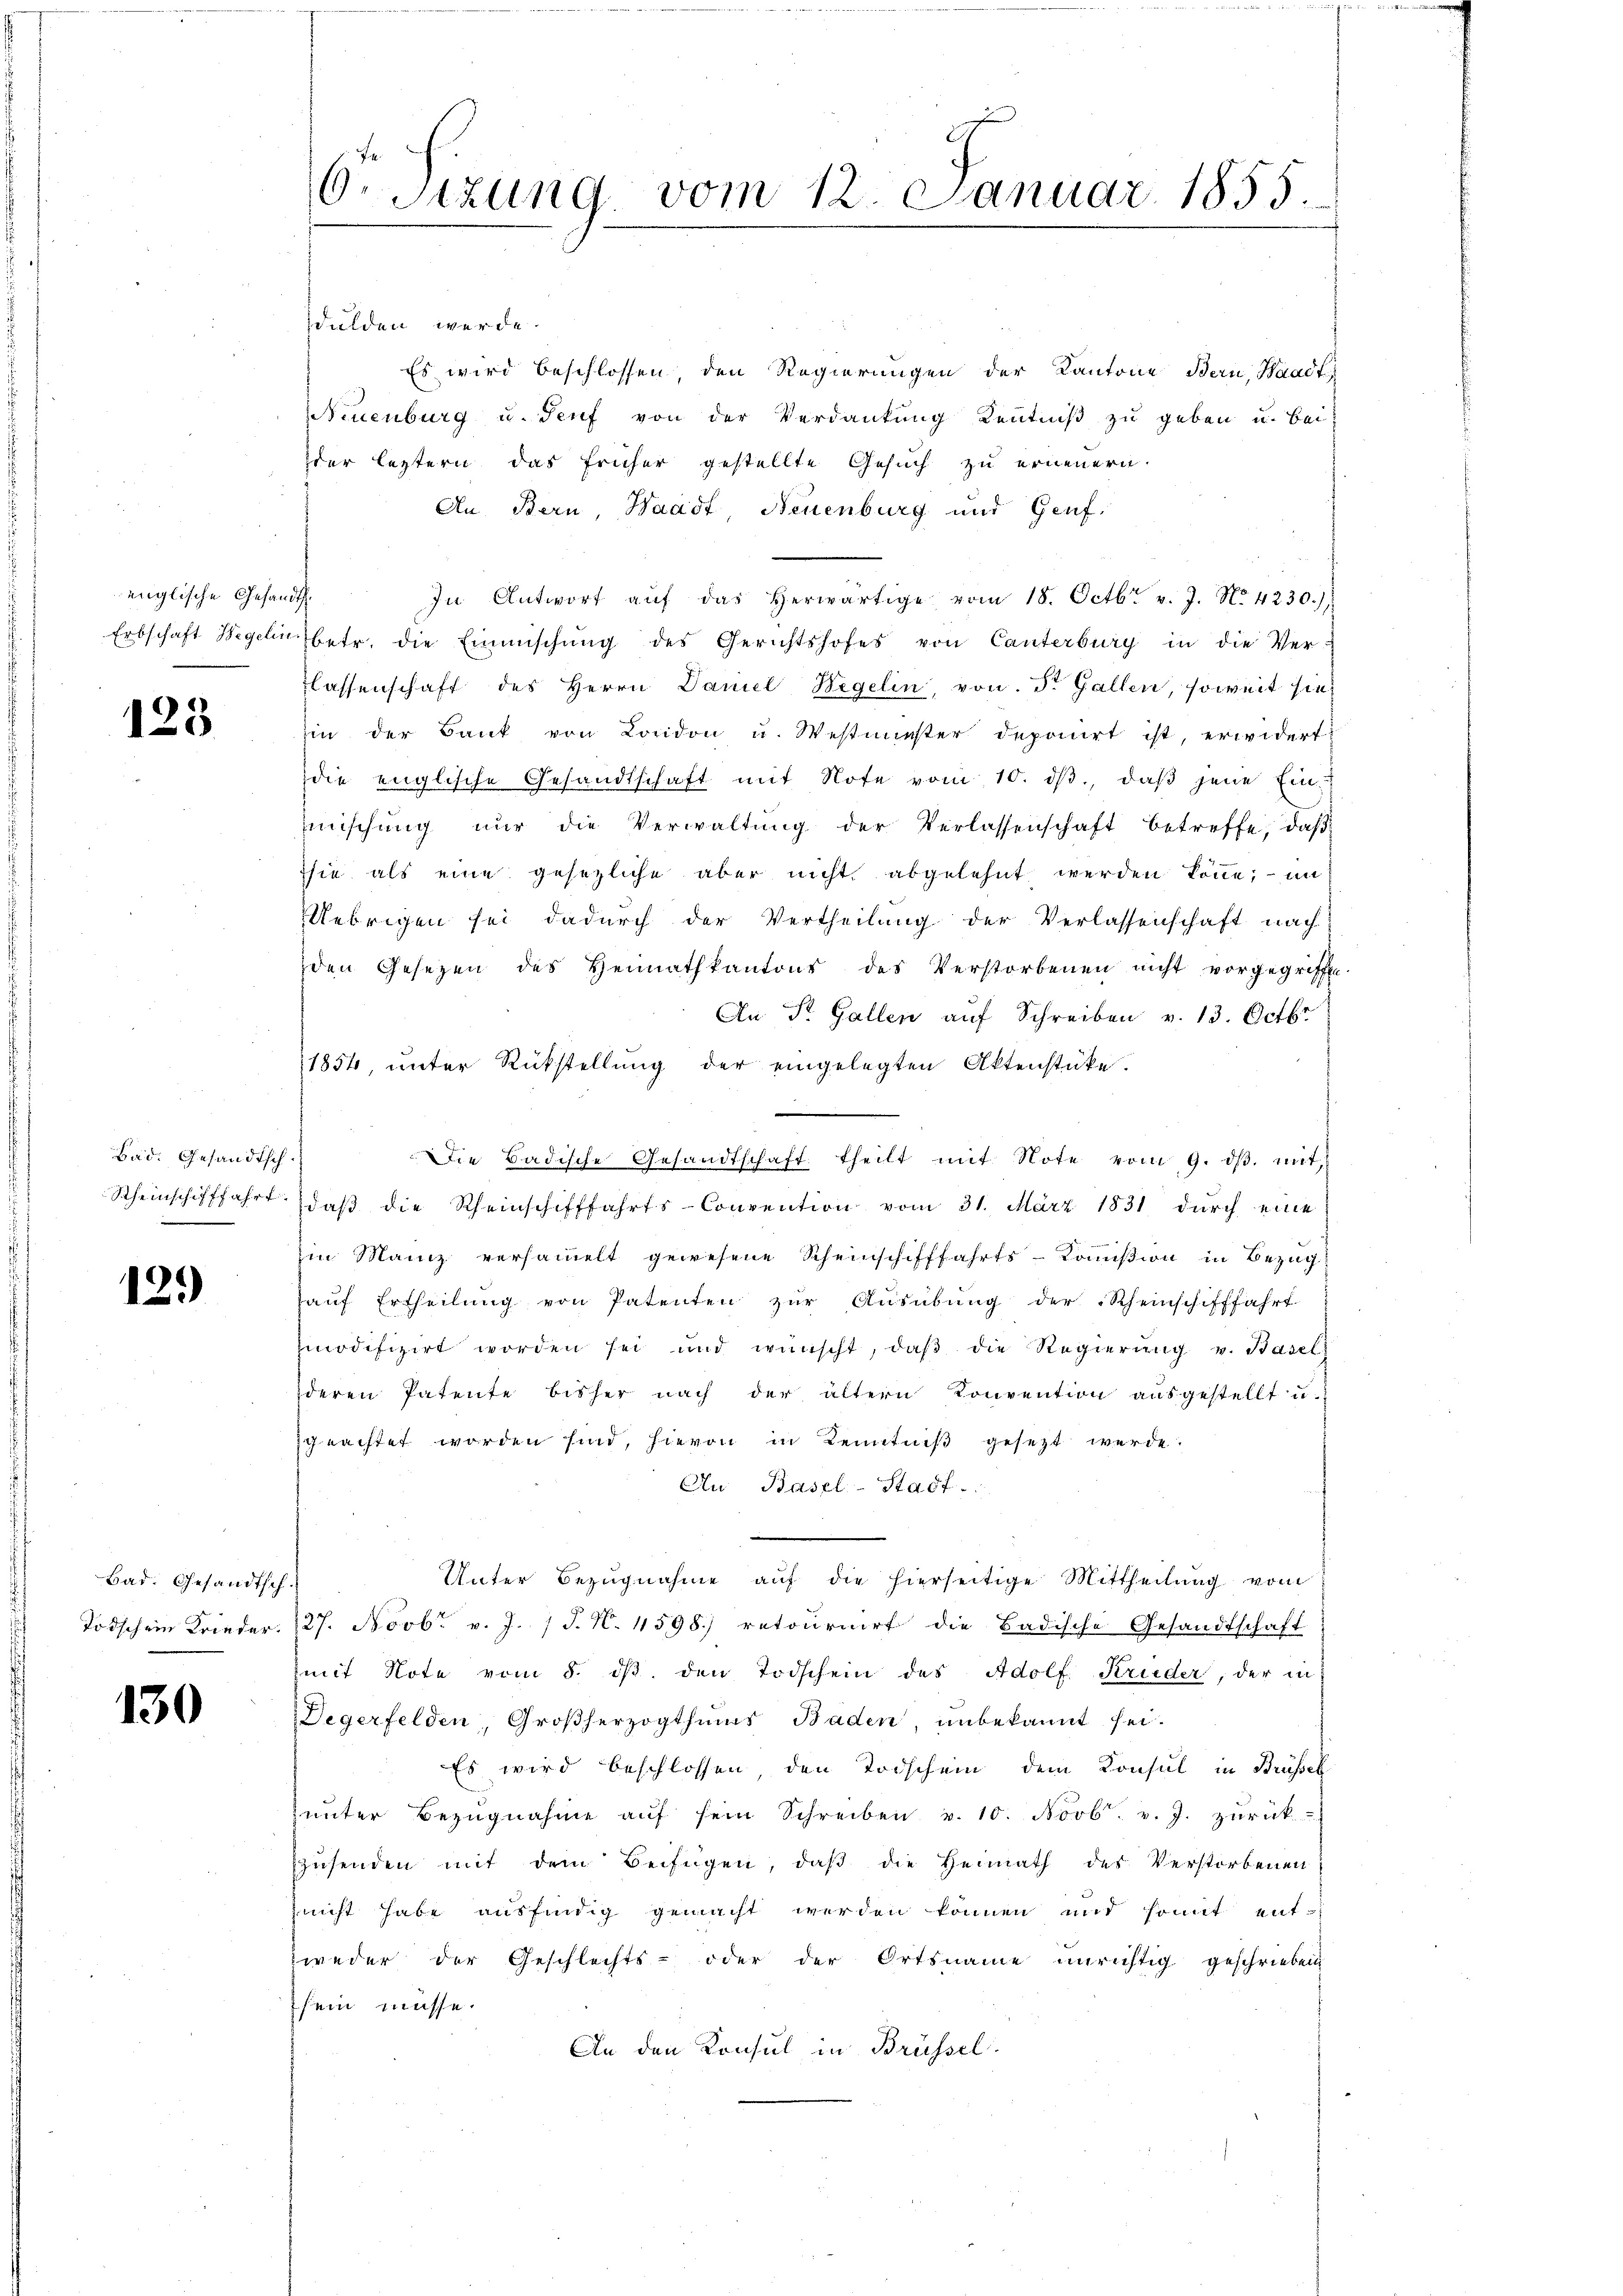
englische Gesandth

123

Bad. Gesandtsch.

129)

Bad. Gesandtsch.

130

6. Sitzung vom 12. Januar 1855.

dulden werde.
Es wird beschlossen, den Regierungen der Kantone Bern, Waadt
Neuenburg u. Genf von der Verdankung Kenntniß zu geben u. bei
der leztern das früher gestellte Gesuch zu erneuern.
An Bern, Waadt, Neuenburg und Genf.
In Antwort aŭf das herwärtige vom 18. Octbr. v. J. No. 4230.)
Erbschaft Hegeln betr. die Einmischung des Gerichtshofes von Canterburg in die Ver-
lassenschaft des Herrn Daniel Hegelin, von F. Gallen, soweit sie
in der Bank von London u. Westminster deponirt ist, erwidert
die englische Gesandtschaft mit Note vom 10. dβ, daβ jene Ein-
mischung nŭr die Verwaltŭng der Verlassenschaft betreffe, daβ
sie als eine gesezliche aber nicht abgelehnt werden könne; – in
Uebrigen sei dadurch der Vertheilung der Verlassenschaft nach
den Gesetzen des Heimathkantons des Verstorbenen nicht vorgegriffe.
An St. Gallen aŭf Schreiben v. 13. Octbr
1854, unter Rückstellung der eingelegten Aktenstücke.
Die Badische Gesandtschaft theilt mit Note vom 9. dβ. mit
Rheinschifffahrt daβ die Rheinschifffahrts-Convention vom 31. März 1831 durch eine
Ein Manz versammelt gewesene Scheinschifffahrts-Kommißion in Bezug
hauf Ertheilung von Patenten zur Ausübung der Rheinschifffahrt
modifizirt worden sei und wünscht, daβ die Regierŭng u. Basel
deren Patente bisher nach der ältern Konvention ausgestellt u.
geachtet worden sind, hievon in Kenntniß gesezt werde.
Au Basel-Stadt.
Unter Bezugnahme auf die hierseitige Mittheilung vom
Todschein Frieder. 127. Novbr. v. J. P. N. 1598) retournirt die Badische Gesandtschaft
mit Note vom 8. dβ den Todschein des Adolf Krieder, der in
Degerfelden, Großherzogthums Baden, unbekannt sei.
Es wird beschlossen, den Todschein dem Konsul in Brüssel
zunter Bezŭgnahme aŭf sein Schreiben v. 10. Novb. v. J. zŭrück-
zŭsenden mit dem Beifügen, daβ die Heimath des Verstorbenen
zeicht habe ausfindig gemacht werden können und somit ent-
zweder der Geschlechts- oder der Ortsname unrichtig geschrieben
sein müsse.
An den Konsul in Brüssel